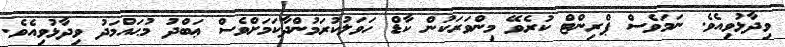
ވިދާޅުވިއެވެ. ނަމަވެސް ޕްރިންޓް ކުރެވޭ މިންވަރަކުން ކާޑް ހަވަލުކުރަމުންދާކަމަށްވެސް ޢަބްދު މުޙައްމަދު ވިދާޅުވިއެވެ.